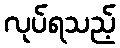
လုပ်ရသည့်